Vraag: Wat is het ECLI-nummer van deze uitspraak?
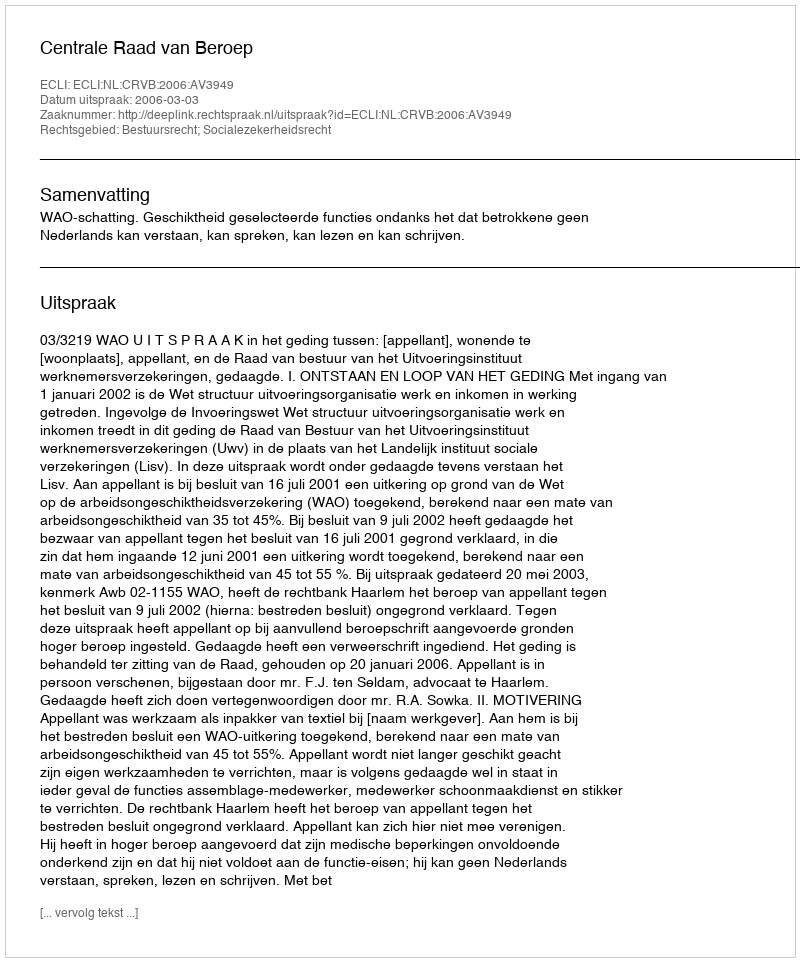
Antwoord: ECLI:NL:CRVB:2006:AV3949